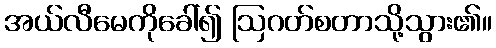
အယ်လီမေကိုခေါ်၍ ဩဂတ်စတာသို့သွား၏။